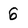
Character: 6